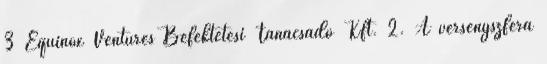
3 Equinox Ventures Befektetési Tanácsadó Kft. 2. A versenyszféra